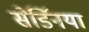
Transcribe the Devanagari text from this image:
सेर्डिनया